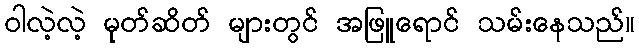
ဝါလဲ့လဲ့ မုတ်ဆိတ် များတွင် အဖြူရောင် သမ်းနေသည်။